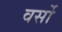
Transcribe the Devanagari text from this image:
वर्सो